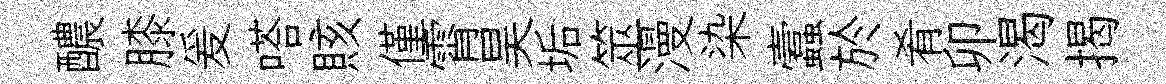
醲膝爰嗒賅僅霄昊垢筮漫染蠧於肴卯渴揭